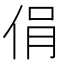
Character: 𠉌